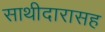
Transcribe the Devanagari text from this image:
साथीदारासह